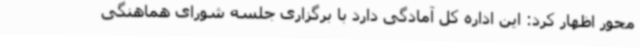
محور اظهار کرد: این اداره کل آمادگی دارد با برگزاری جلسه شورای هماهنگی